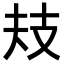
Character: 𢺻